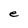
Character: e